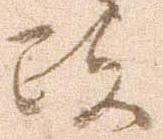
政